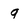
Character: g